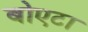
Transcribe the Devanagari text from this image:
बोएटा